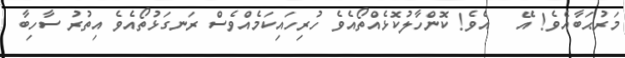
މަރުޙަބާއެވެ! އޭ   އެވެ! ކޮންހާލުކޮޅެއްތޯއެވެ ހުރިހައިކަމެއްވެސް ރަނގަޅުތޯއެވެ އިތުރު ސާހިބާ